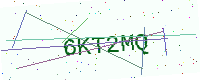
Text: 6KT2MQ